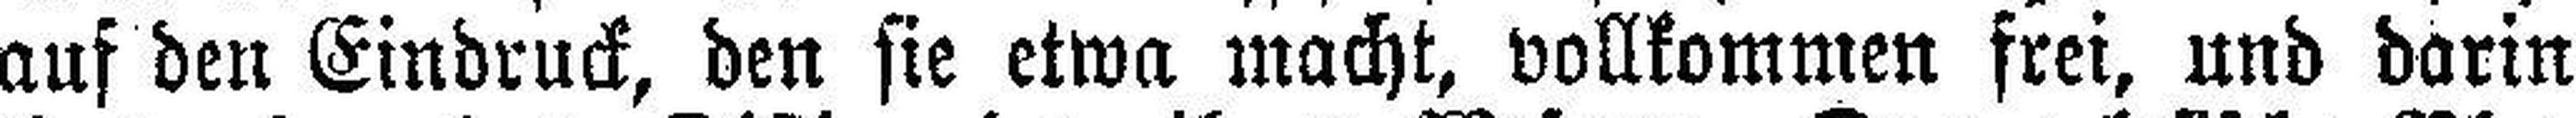
auf den Eindruck, den sie etwa macht, vollkommen frei, und darin